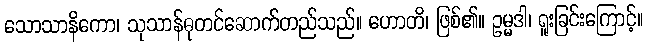
သောသာနိကော၊ သုသာန်ဓုတင်ဆောက်တည်သည်။ ဟောတိ၊ ဖြစ်၏။ ဥမ္မဒါ၊ ရူးခြင်းကြောင့်။